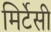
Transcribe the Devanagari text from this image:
मिर्टेसी